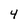
Character: 4